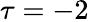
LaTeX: \tau=-2